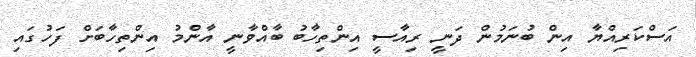
އަސްކަރިއްޔާ އިން ބުނަމުން ދަނީ ރިއާސީ އިންތިހާބު ބާއްވާނީ އާންމު އިންތިހާބަށް ފަހުގައި